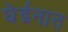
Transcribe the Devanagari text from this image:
घेईनात